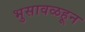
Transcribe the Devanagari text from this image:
भुसावळहून